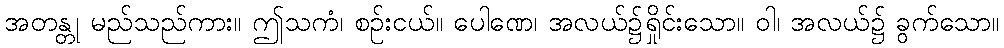
အတန္တု မည်သည်ကား။ ဤသကံ၊ စဉ်းငယ်။ ပေါဏေ၊ အလယ်၌ရှိုင်းသော။ ဝါ၊ အလယ်၌ ခွက်သော။